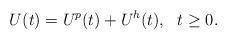
LaTeX: \begin{align*}U(t)=U^p(t)+U^h(t),\ \ t\geq0.\end{align*}